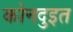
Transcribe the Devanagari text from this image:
कोनदुइत